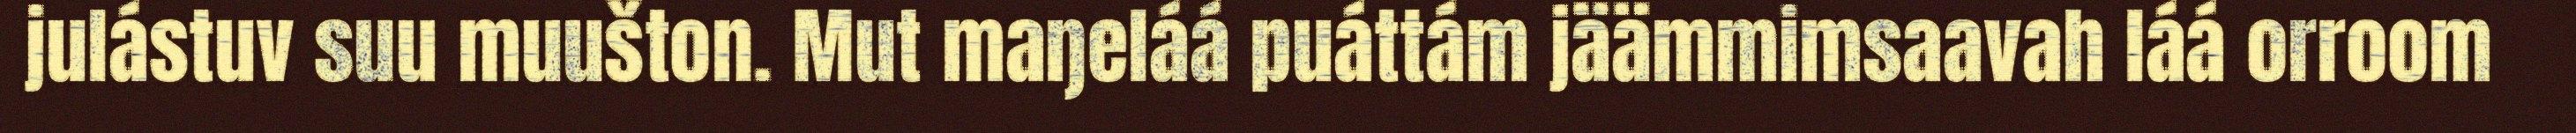
julástuv suu muušton. Mut maŋeláá puáttám jäämmimsaavah láá orroom